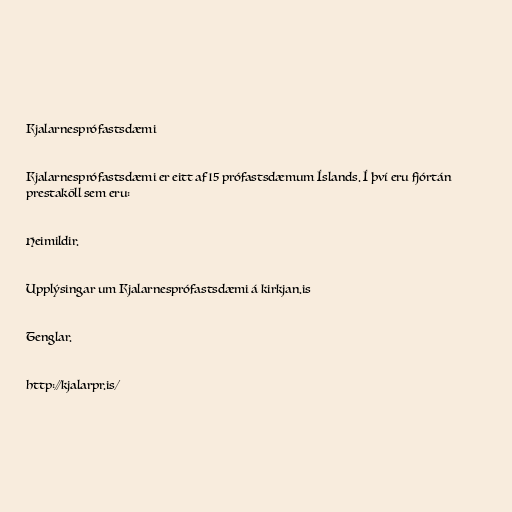
Kjalarnesprófastsdæmi

Kjalarnesprófastsdæmi er eitt af 15 prófastsdæmum Íslands. Í því eru fjórtán
prestaköll sem eru:

Heimildir.

Upplýsingar um Kjalarnesprófastsdæmi á kirkjan.is

Tenglar.

http://kjalarpr.is/